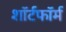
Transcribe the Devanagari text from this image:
शॉर्टफॉर्म